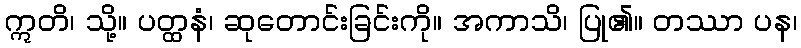
ဣတိ၊ သို့။ ပတ္ထနံ၊ ဆုတောင်းခြင်းကို။ အကာသိ၊ ပြု၏။ တဿာ ပန၊